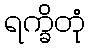
ရက္ခိတုံ